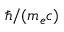
\hbar / ( m _ { e } c )